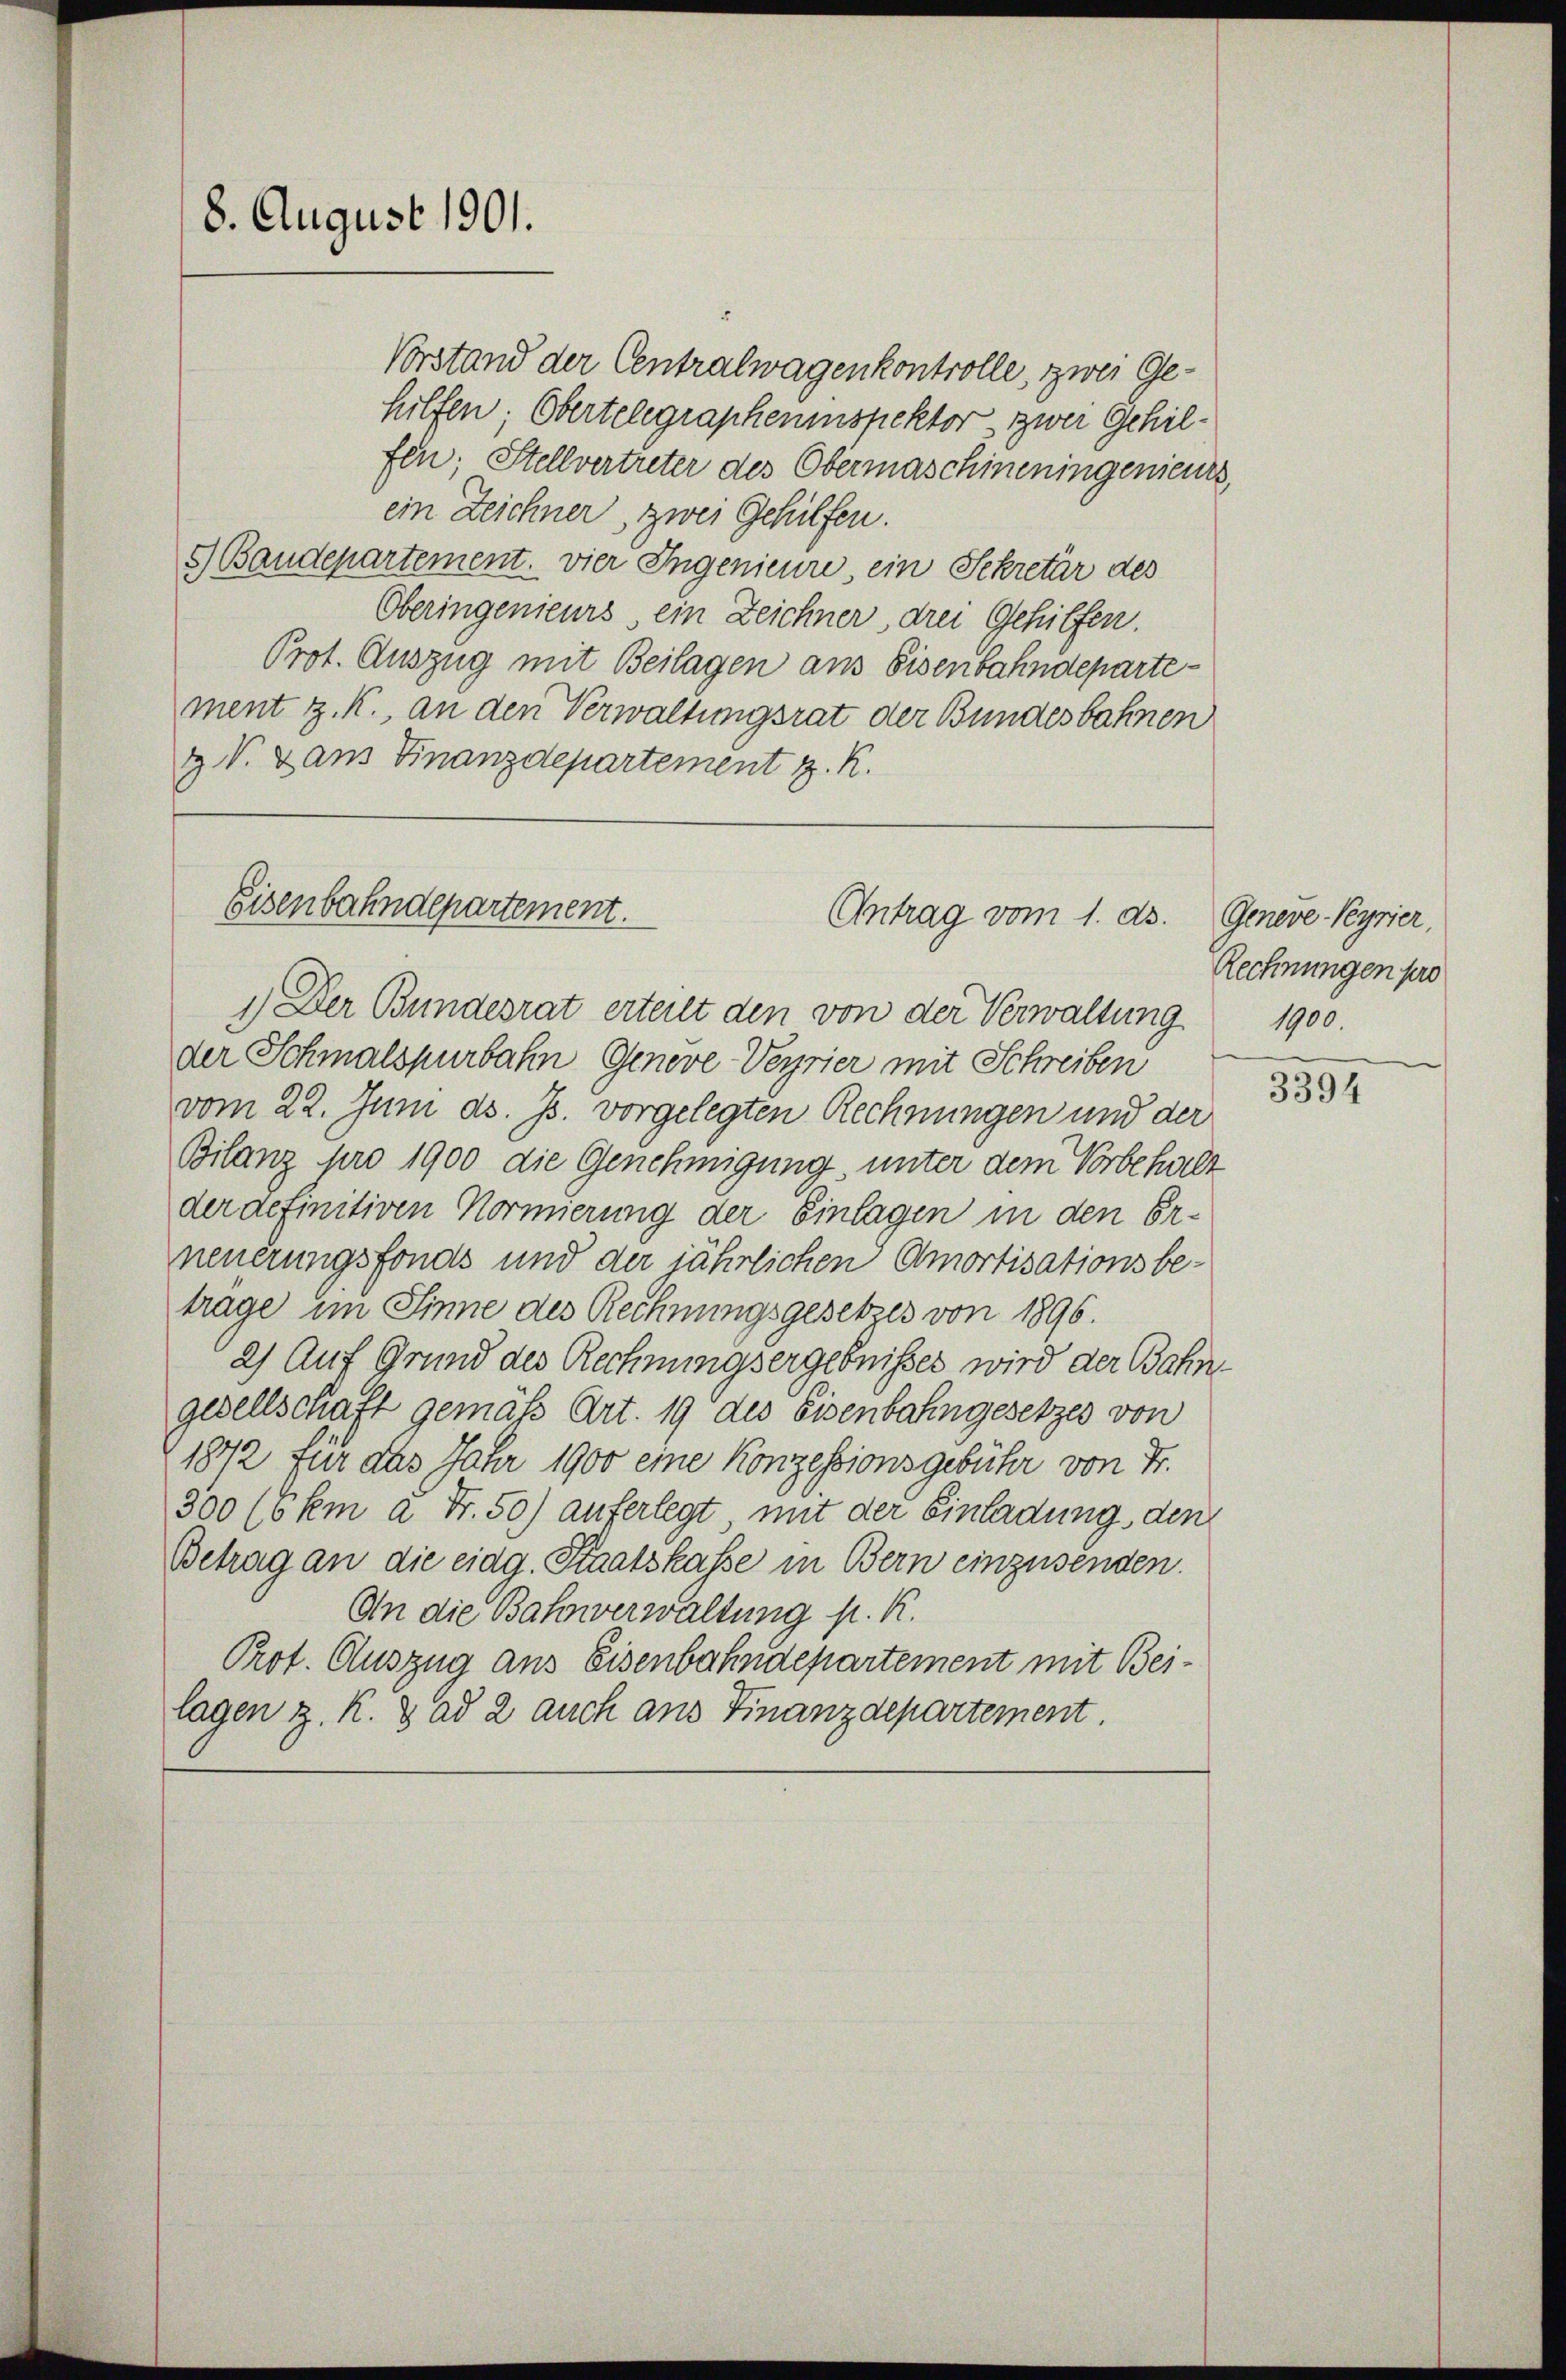
Vorstand der Centralwagenkontrolle, zwei Gehilfen; Obertelegrapheninspektor zwei Gehilfen; Stellvertreter des Obermaschineningenieurs,
ein Zeichner, zwei Gehilfen.
5) Baudepartement, vier Ingenieure, ein Sekretär des
Oberingenieurs ein Zeichner, drei Gehilfen.
Prot. Auszug mit Beilagen aus Eisenbahndepartement z. K., an den Verwaltungsrat der Bundesbahnen
& V. Dans Finanzdepartement z. R.

8. August 1901.

Eisenbahndepartement.
Antrag vom 1. ds. Geneve-Peyrier,

1.) Der Bundesrat erteilt den von der Verwaltung
der Schmalspurbahn Geneve Verrier mit Schreiben
vom 22. Juni d. Js. vorgelegten Rechnungen und der
Bilanz pro 1900 die Genehmigung, unter dem Vorbehalt
der definitiven Normierung der Einlagen in den Erneuerungsfonds und der jährlichen Amortisationsbe-
trage im Sinne des Rechnungsgesetzes von 1896.
2) Auf Grund des Rechnungsergebnisses wird der Bahn
gesellschaft gemäß Art. 19 des Eisenbahngesetzes von
1872 für das Jahr 1900 eine Konzessionsgebühr von Fr.
300 (6 km a Fr. 50) auferlegt, mit der Einladung, den
Betrag an die eidg. Staatskasse in Bern einzusenden.
An die Bahnverwaltung p. K.
Prot. Auszug aus Eisenbahndepartement mit Beilagen z. R. 3 ad 2 auch ans Finanzdepartement.

Rechnungen pro
1900.

3394